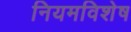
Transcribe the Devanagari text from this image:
नियमविशेष